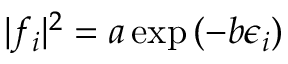
\lvert f _ { i } \rvert ^ { 2 } = a \exp { ( - b \epsilon _ { i } ) }